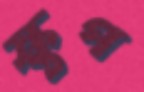
স্কুপ